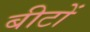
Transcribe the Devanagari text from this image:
बीटों